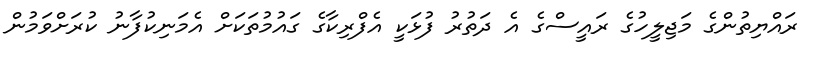
ރައްޔިތުންގެ މަޖިލީހުގެ ރައީސްގެ އެ ދަތުރު ފުޅަކީ އެފްރިކާގެ ގައުމުތަކަށް އެމަނިކުފާނު ކުރަށްވަމުން